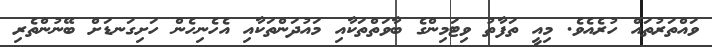
ވައްތަރުތައް ހުރެއެވެ. މިއީ ތަފާތު ވިޓަމިންގެ ބާވަތްތަކާއި މައުދަންތަކާއި އެހެނިހެން ހަށިގަނޑަށް ބޭނުންތެރި